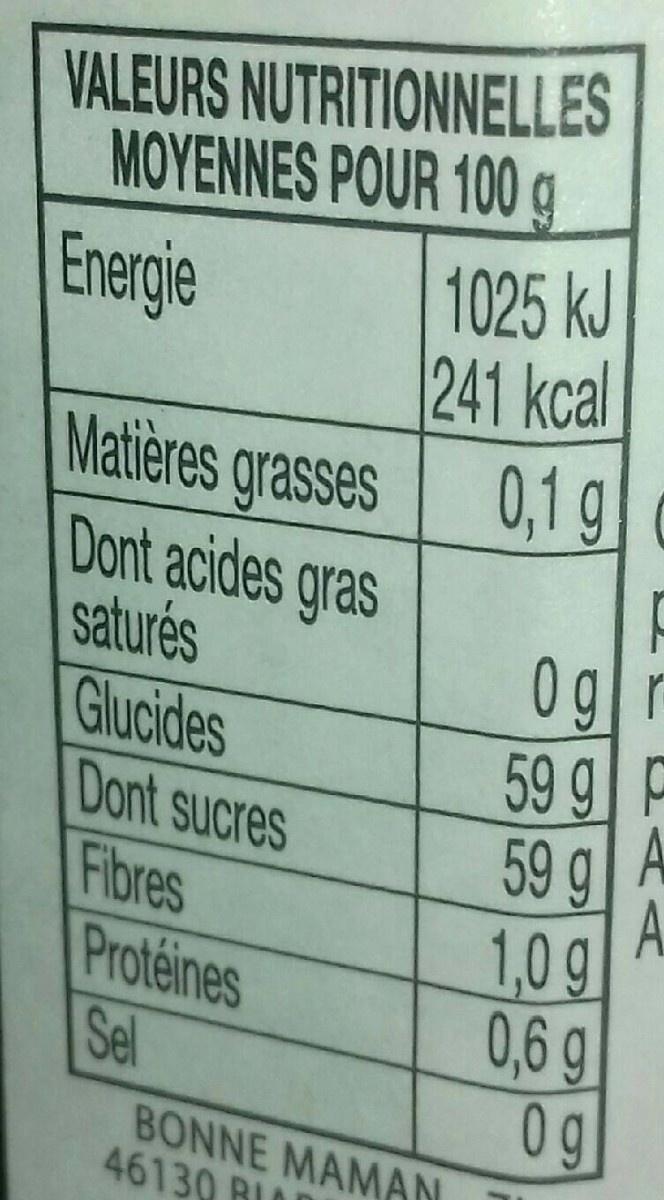
VALEURS NUTRITIONNELLES MOYENNES POUR 100 g 1025 kJ
Energie
241 kcal 0,1g
Matières grasses Dont acides gras saturés Glucides Dont sucres Fibres Protéines Sel
0gr
59 g P A 59 9 A
1,0g 0,6 g
0g BONNE MAMAN
46130 BLA